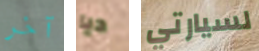
آخر ديا لسيارتي